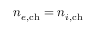
n _ { e , \mathrm { c h } } = n _ { i , \mathrm { c h } }